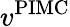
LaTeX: v^{\mathrm{PIMC}}